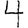
Digit: 4